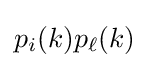
p_{i}(k)p_{\ell }(k)